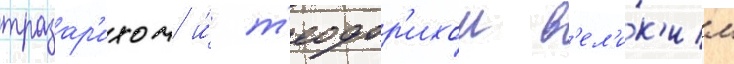
тразар'ихом и́ т'еодор'ихом в'ел'и́к'им